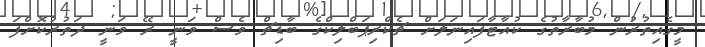
މީގެއިތުރުން މުބާރާތުގެ ކުއާޓާފައިނަލަށް ޗެކްރިޕަބްލިކްގެ ބާޑިޗް ވެސް ވަނީ ރޭ ވަނީ ދަތުރުކޮށްފަ